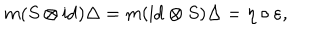
m ( S \otimes \mathrm { i d } ) \Delta = m ( \mathrm { i d } \otimes S ) \Delta = \eta \circ \varepsilon ,